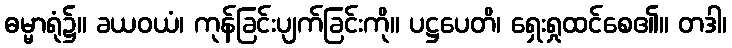
ဓမ္မာရုံ၌။ ခယဝယံ၊ ကုန်ခြင်းပျက်ခြင်းကို။ ပဋ္ဌပေတိ၊ ရှေးရှုထင်စေ၏။ တဒါ၊